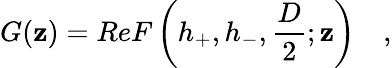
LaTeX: G(\mathbf{z})=ReF\left(h_{+},h_{-},\frac{{D}}{{2}};\mathbf{z}\right)\quad,